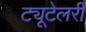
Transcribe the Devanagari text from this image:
ट्यूटेलरी